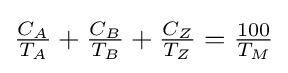
{\tfrac {C_{A}}{T_{A}}}+{\tfrac {C_{B}}{T_{B}}}+{\tfrac {C_{Z}}{T_{Z}}}={\tfrac {100}{T_{M}}}